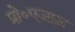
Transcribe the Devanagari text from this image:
प्रो॰एजाज़